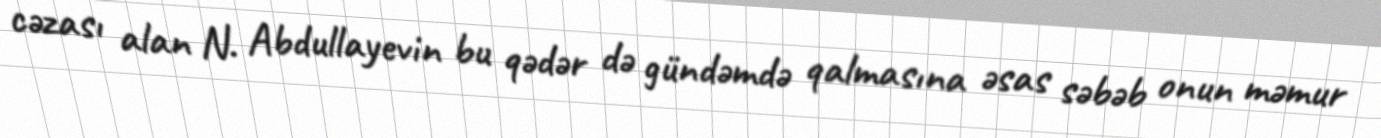
cəzası alan N. Abdullayevin bu qədər də gündəmdə qalmasına əsas səbəb onun məmur